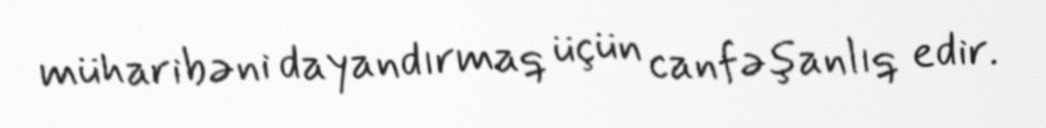
müharibəni dayandırmaq üçün canfəşanlıq edir.